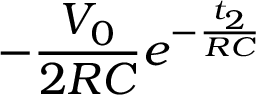
- \frac { V _ { 0 } } { 2 R C } e ^ { - \frac { t _ { 2 } } { R C } }